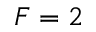
F = 2